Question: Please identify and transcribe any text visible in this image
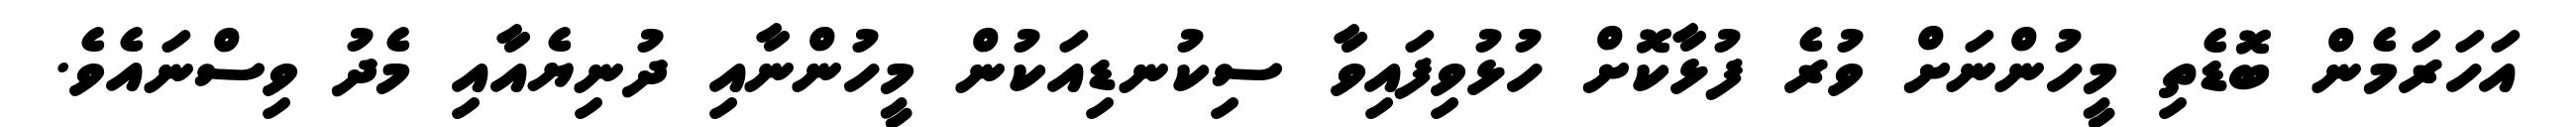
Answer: އަހަރަމެން ބޮޑެތި މީހުންނަށް ވުރެ ފުޅާކޮށް ހުޅުވިފައިވާ ސިކުނޑިއަކުން މީހުންނާއި ދުނިޔެއާއި މެދު ވިސްނައެވެ.